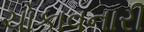
ચોકાવનારી